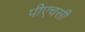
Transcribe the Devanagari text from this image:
पीएचसी